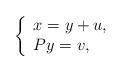
LaTeX: \begin{align*}\left\{\begin{array}{lll}x=y+u,\\Py=v,\end{array}\right.\end{align*}